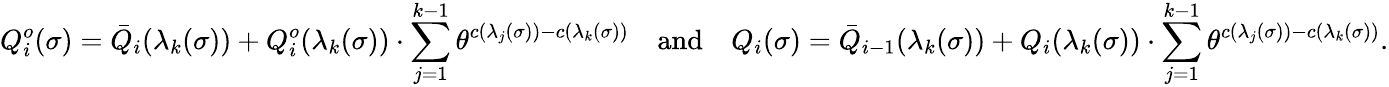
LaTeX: Q_{i}^{o}(\sigma)=\bar{Q}_{i}(\lambda_{k}(\sigma))+Q_{i}^{o}(\lambda_{k}(\sigma))\cdot\sum_{j=1}^{k-1}\theta^{c(\lambda_{j}(\sigma))-c(\lambda_{k}(\sigma))}\quad\mathrm{and}\quad Q_{i}(\sigma)=\bar{Q}_{i-1}(\lambda_{k}(\sigma))+Q_{i}(\lambda_{k}(\sigma))\cdot\sum_{j=1}^{k-1}\theta^{c(\lambda_{j}(\sigma))-c(\lambda_{k}(\sigma))}.